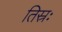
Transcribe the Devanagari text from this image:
तिस्रः